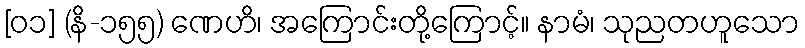
[၀၁] (နိ-၁၅၅) ဏေဟိ၊ အကြောင်းတို့ကြောင့်။ နာမံ၊ သုညတဟူသော